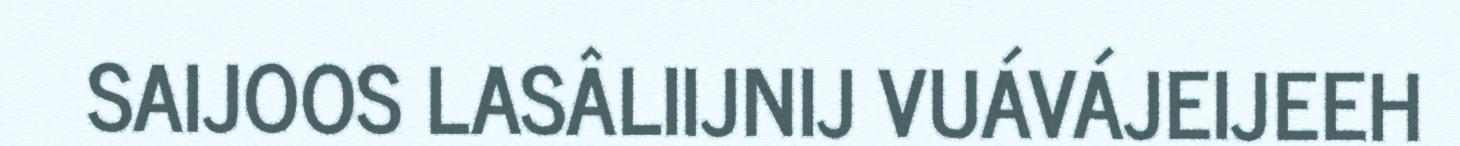
SAIJOOS LASÂLIIJNIJ VUÁVÁJEIJEEH